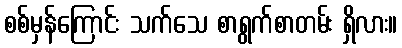
စစ်မှန်ကြောင်း သက်သေ စာရွက်စာတမ်း ရှိလား။